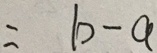
= b - a